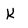
Character: K